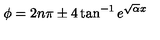
\phi = 2 n \pi \pm 4 \tan ^ { - 1 } e ^ { \sqrt { \alpha } x }